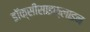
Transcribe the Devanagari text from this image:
डॉक्सीसाइक्लाइन